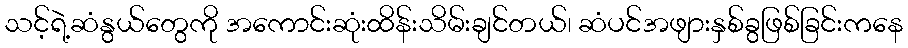
သင့်ရဲ့ဆံနွယ်တွေကို အကောင်းဆုံးထိန်းသိမ်းချင်တယ်၊ ဆံပင်အဖျားနှစ်ခွဖြစ်ခြင်းကနေ